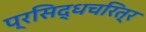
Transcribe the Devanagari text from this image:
प्रसिद्धचरित्र